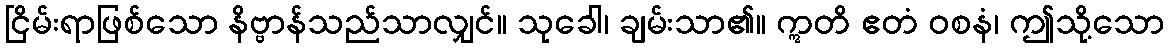
ငြိမ်းရာဖြစ်သော နိဗ္ဗာန်သည်သာလျှင်။ သုခေါ၊ ချမ်းသာ၏။ ဣတိ ဧတံ ဝစနံ၊ ဤသို့သော